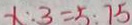
x : 3 = 5 : 7 5